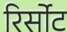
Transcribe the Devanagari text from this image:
रिर्सोट